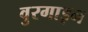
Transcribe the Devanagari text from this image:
वुरगाइन